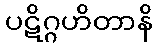
ပဋိဂ္ဂဟိတာနိ